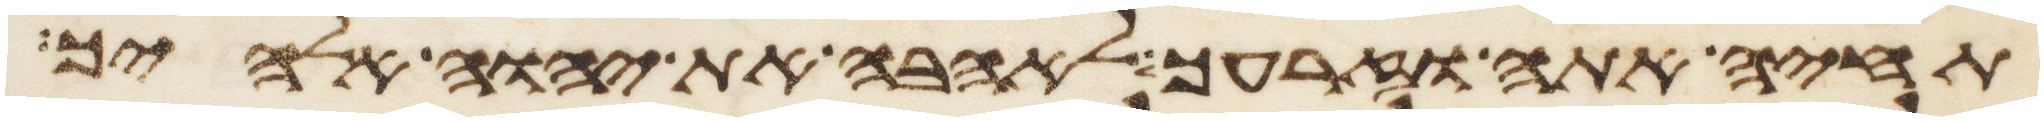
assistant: תחיה אתה וזרעך לאהבה את יהוה אלהיך